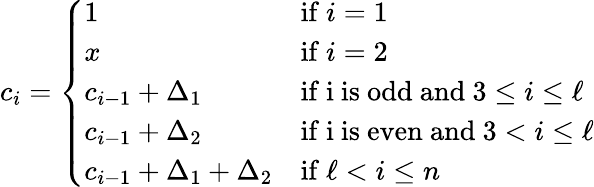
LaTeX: c_{i}=\left\{ \begin{array}{ll}{1}&{\mathrm{if~}i=1}\\ {x}&{\mathrm{if~}i=2}\\ {c_{i-1}+\Delta_{1}}&{\mathrm{if~i~is~odd~and~}3\leq i\leq\ell}\\ {c_{i-1}+\Delta_{2}}&{\mathrm{if~i~is~even~and~}3<i\leq\ell}\\ {c_{i-1}+\Delta_{1}+\Delta_{2}}&{\mathrm{if~}\ell<i\leq n}\end{array}\right.